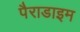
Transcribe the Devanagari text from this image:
पैराडाइम